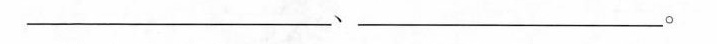
___、___。